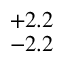
^ { + 2 . 2 } _ { - 2 . 2 }